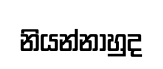
නියන්නාහුද